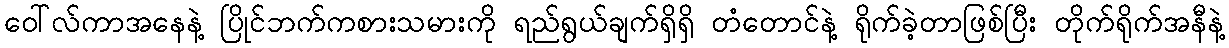
ဝေါ်လ်ကာအနေနဲ့ ပြိုင်ဘက်ကစားသမားကို ရည်ရွယ်ချက်ရှိရှိ တံတောင်နဲ့ ရိုက်ခဲ့တာဖြစ်ပြီး တိုက်ရိုက်အနီနဲ့